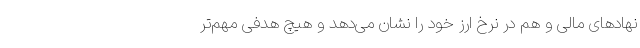
نهادهای مالی و هم در نرخ ارز خود را نشان می‌دهد و هیچ هدفی مهم‌تر